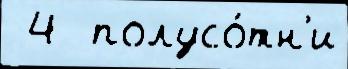
 4  полусо́тн'и